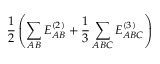
\frac { 1 } { 2 } \left( \sum _ { A B } E _ { A B } ^ { ( 2 ) } + \frac { 1 } { 3 } \sum _ { A B C } E _ { A B C } ^ { ( 3 ) } \right)